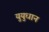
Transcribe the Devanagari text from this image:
युयुधान